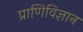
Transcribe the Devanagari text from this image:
प्राणिविज्ञान